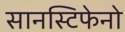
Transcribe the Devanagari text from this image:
सानस्टिफेनो